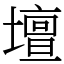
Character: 壇